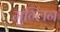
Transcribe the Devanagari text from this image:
मुग्लिन